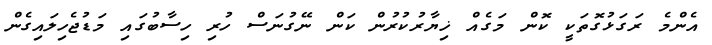
އެންމެ ރަގަޅުގޮތަކީ ކޮން މަގެއް ޚިޔާރުކުރުން ކަން ނޭގުނަސް ހުރި ހިސާބުގައި މަޑުޖެހިލައިގެން